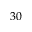
3 0